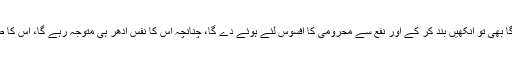
اوراگر قبضہ دے گا بھی تو آنکھیں بند کر کے اور نفع سے محرومی کا افسوس لئے ہوئے دے گا، چنانچہ اس کا نفس ادھر ہی متوجہ رہے گا، اس کا طمع ختم نہیں ہو گا۔